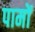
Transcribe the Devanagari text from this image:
पामों